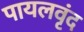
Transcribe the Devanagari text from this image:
पायलवृंद